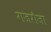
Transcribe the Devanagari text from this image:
गजरौजा